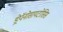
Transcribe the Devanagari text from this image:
ड्रेपॅनोसायटोसिस